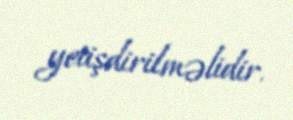
yetişdirilməlidir.